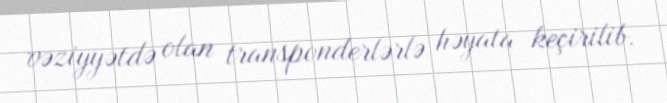
vəziyyətdə olan transponderlərlə həyata keçirilib.